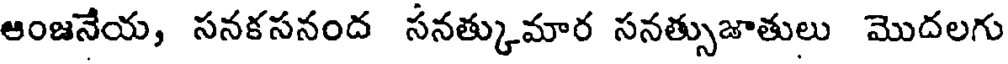
ఆంజనేయ, సనకసనంద సనత్కుమార సనత్సుజాతులు మొదలగు